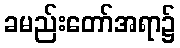
ခမည်းတော်အရာ၌